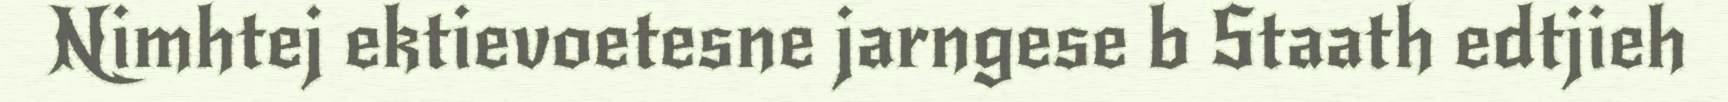
Nimhtej ektievoetesne jarngese b Staath edtjieh